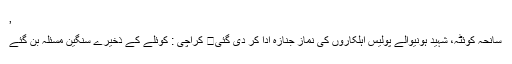
’
سانحہ کوئٹہ، شہید ہونیوالے پولیس اہلکاروں کی نماز جنازہ ادا کر دی گئی	 کراچی : کوئلے کے ذخیرے سنگین مسئلہ بن گئے